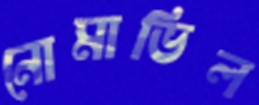
নোমাভিল